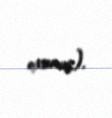
oxunuş).